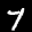
Label: 7